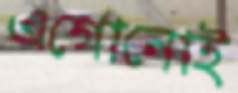
এগোনোই